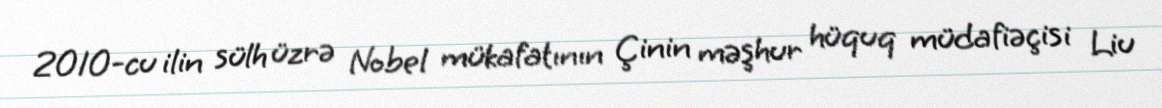
2010-cu ilin sülh üzrə Nobel mükafatının Çinin məşhur hüquq müdafiəçisi Liu